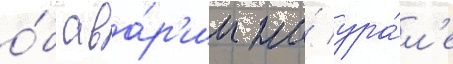
о́б ава́р'ии на́ ура́л'е